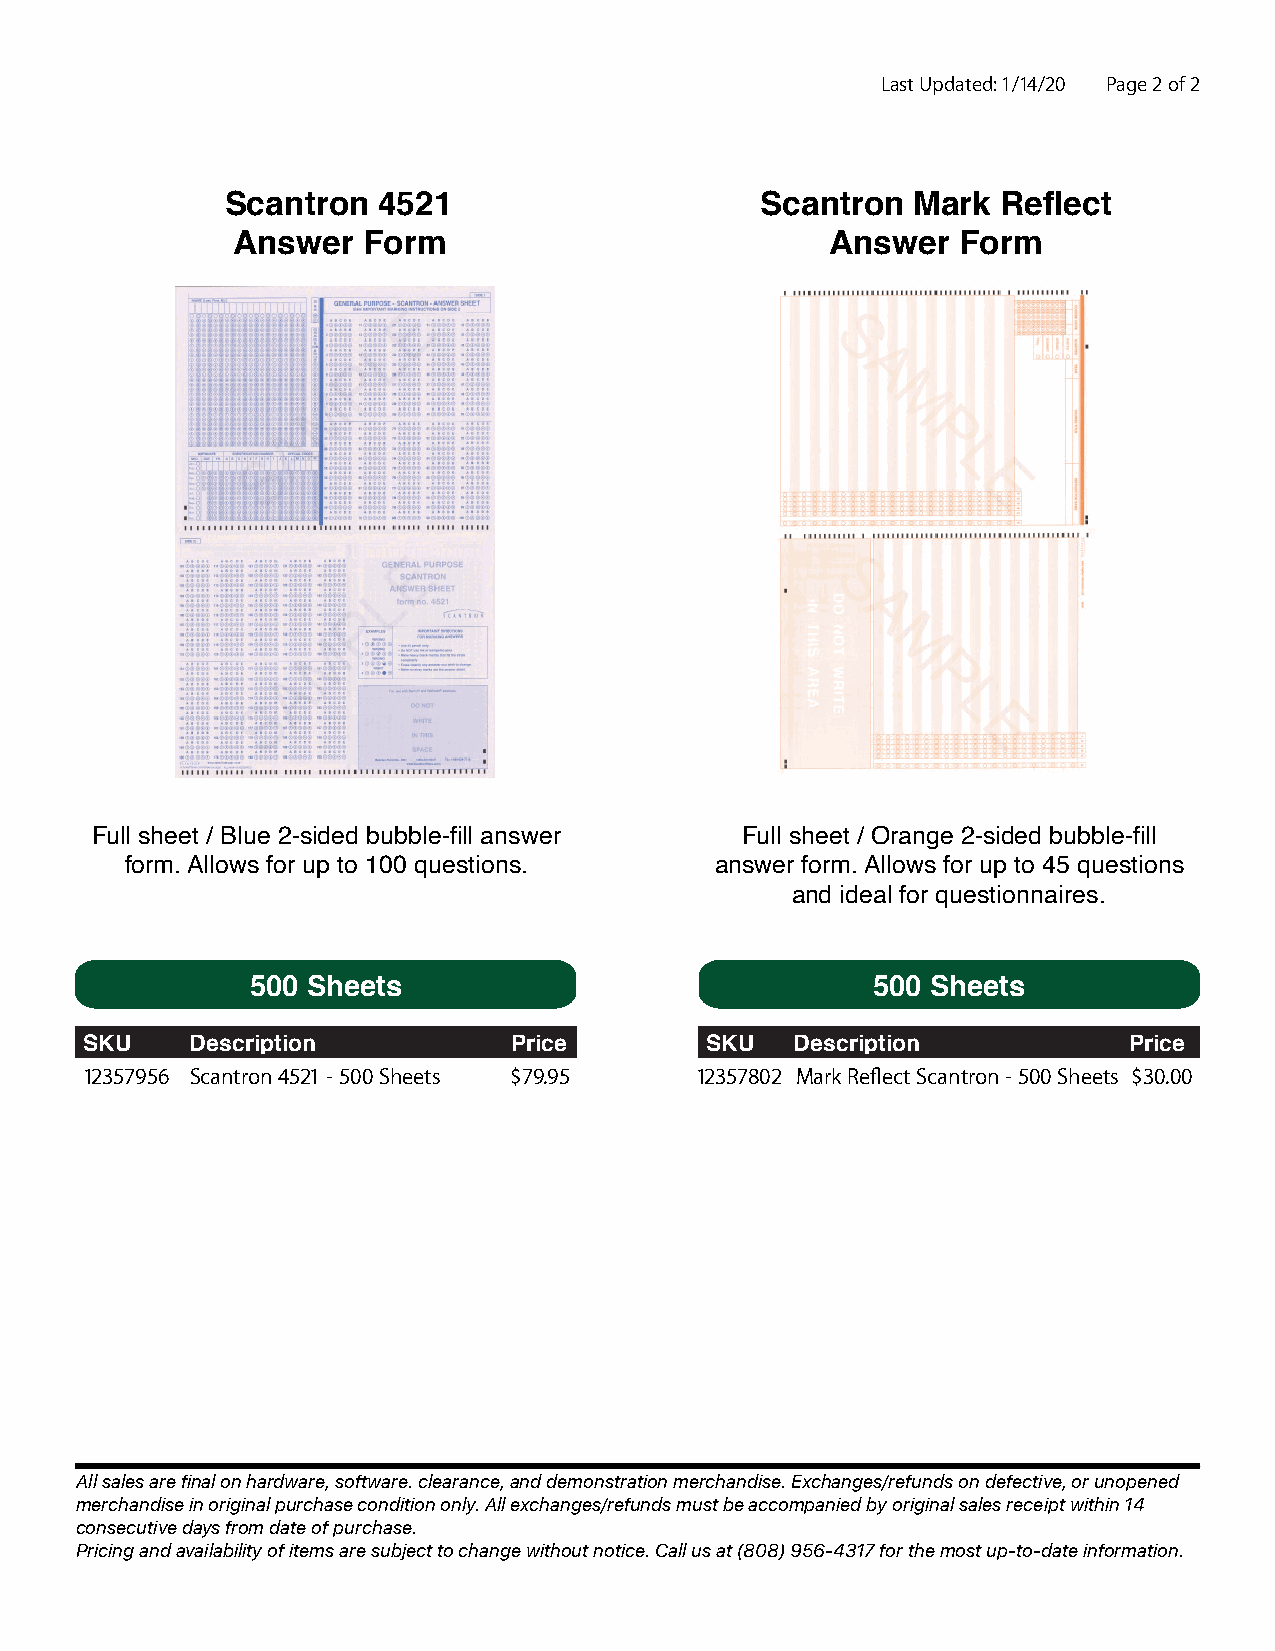
Last Updated: 1/14/20 Page 2 of 2
 Scantron  4521                     Scantron   Mark Reflect
 Answer   Form                           Answer  Form
 Full sheet / Blue 2-sided bubble-fill answer Full sheet / Orange 2-sided bubble-fill
 form. Allows for up to 100 questions.  answer form. Allows for up to 45 questions
 and ideal for questionnaires.
 500 Sheets                               500 Sheets
 SKU    Description          Price        SKU   Description           Price
 12357956 Scantron 4521 - 500 Sheets $79.95 12357802 Mark Reflect Scantron - 500 Sheets $30.00
 All sales are final on hardware, software. clearance, and demonstration merchandise. Exchanges/refunds on defective, or unopened
 merchandise in original purchase condition only. All exchanges/refunds must be accompanied by original sales receipt within 14
 consecutive days from date of purchase.
 Pricing and availability of items are subject to change without notice. Call us at (808) 956-4317 for the most up-to-date information.